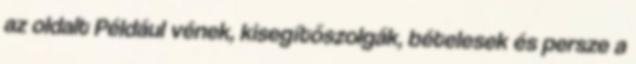
az oldalt Például vének, kisegítőszolgák, bételesek és persze a